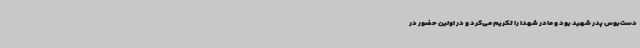
دست‌بوس پدر شهید بود و مادر شهدا را تکریم می‌کرد و در اولین حضور در